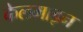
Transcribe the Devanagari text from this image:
केलमाइन